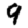
Digit: 9